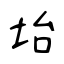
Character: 坮